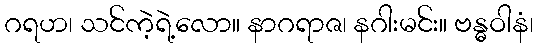
ဂရဟ၊ သင်ကဲ့ရဲ့လော။ နာဂရာဇ၊ နဂါးမင်း။ ဗန္ဓဝါနံ၊